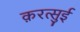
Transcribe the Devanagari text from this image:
क़रत्सुई